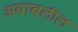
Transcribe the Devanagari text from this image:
अबाबलील